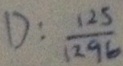
D : \frac { 1 2 5 } { 1 2 9 6 }